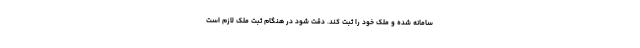
سامانه شده و ملک خود را ثبت کند. دقت شود در هنگام ثبت ملک لازم است